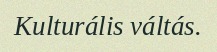
Kulturális váltás.